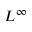
L ^ { \infty }